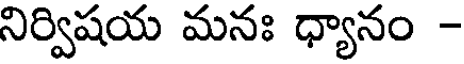
నిర్విషయ మనః ధ్యానం -